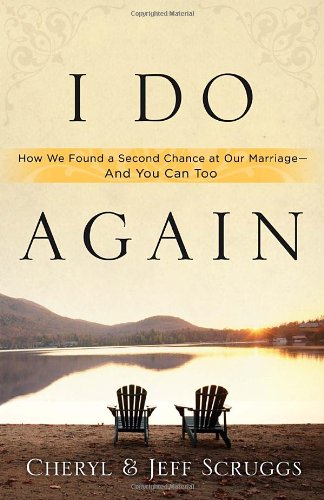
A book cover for I Do Again: How We Found a Second Chance at Our Marriage--and You Can Too; Cheryl Scruggs; Parenting & Relationships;